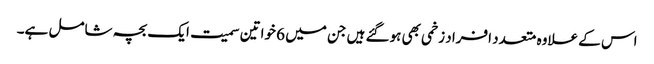
اس کے علاوہ متعدد افراد زخمی بھی ہوگئے ہیں جن میں 6 خواتین سمیت ایک بچہ شامل ہے۔